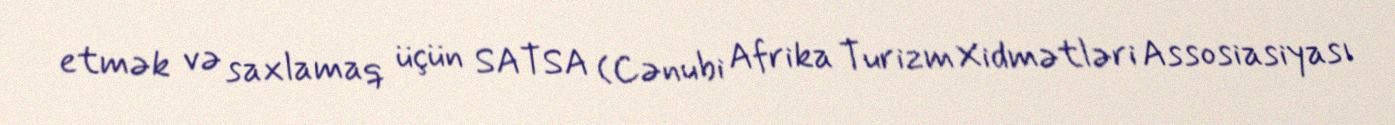
etmək və saxlamaq üçün SATSA (Cənubi Afrika Turizm Xidmətləri Assosiasiyası